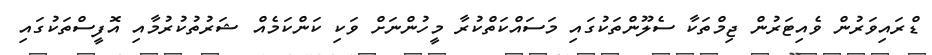
ޑްރައިވަރުން ވެއިޓަރުން ޖިމްތަކާ ސެލޫންތަކުގައި މަސައްކަތްކުރާ މީހުންނަށް ވަކި ކަންކަމެއް ޝަރުތުކުރުމާއި އޮފީސްތަކުގައި